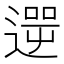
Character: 𨕬